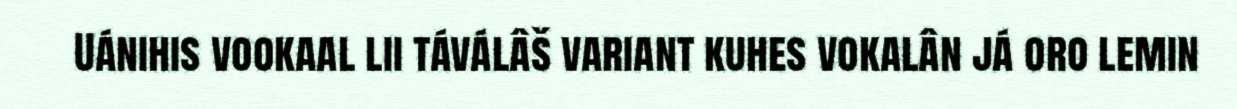
Uánihis vookaal lii táválâš variant kuhes vokalân já oro lemin